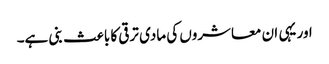
اور یہی ان معاشروں کی مادی ترقی کا باعث بنی ہے۔